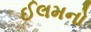
ઈલમનો